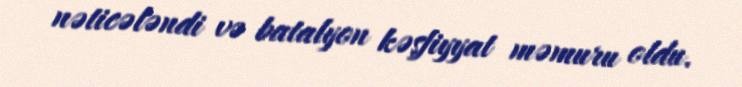
nəticələndi və batalyon kəşfiyyat məmuru oldu.